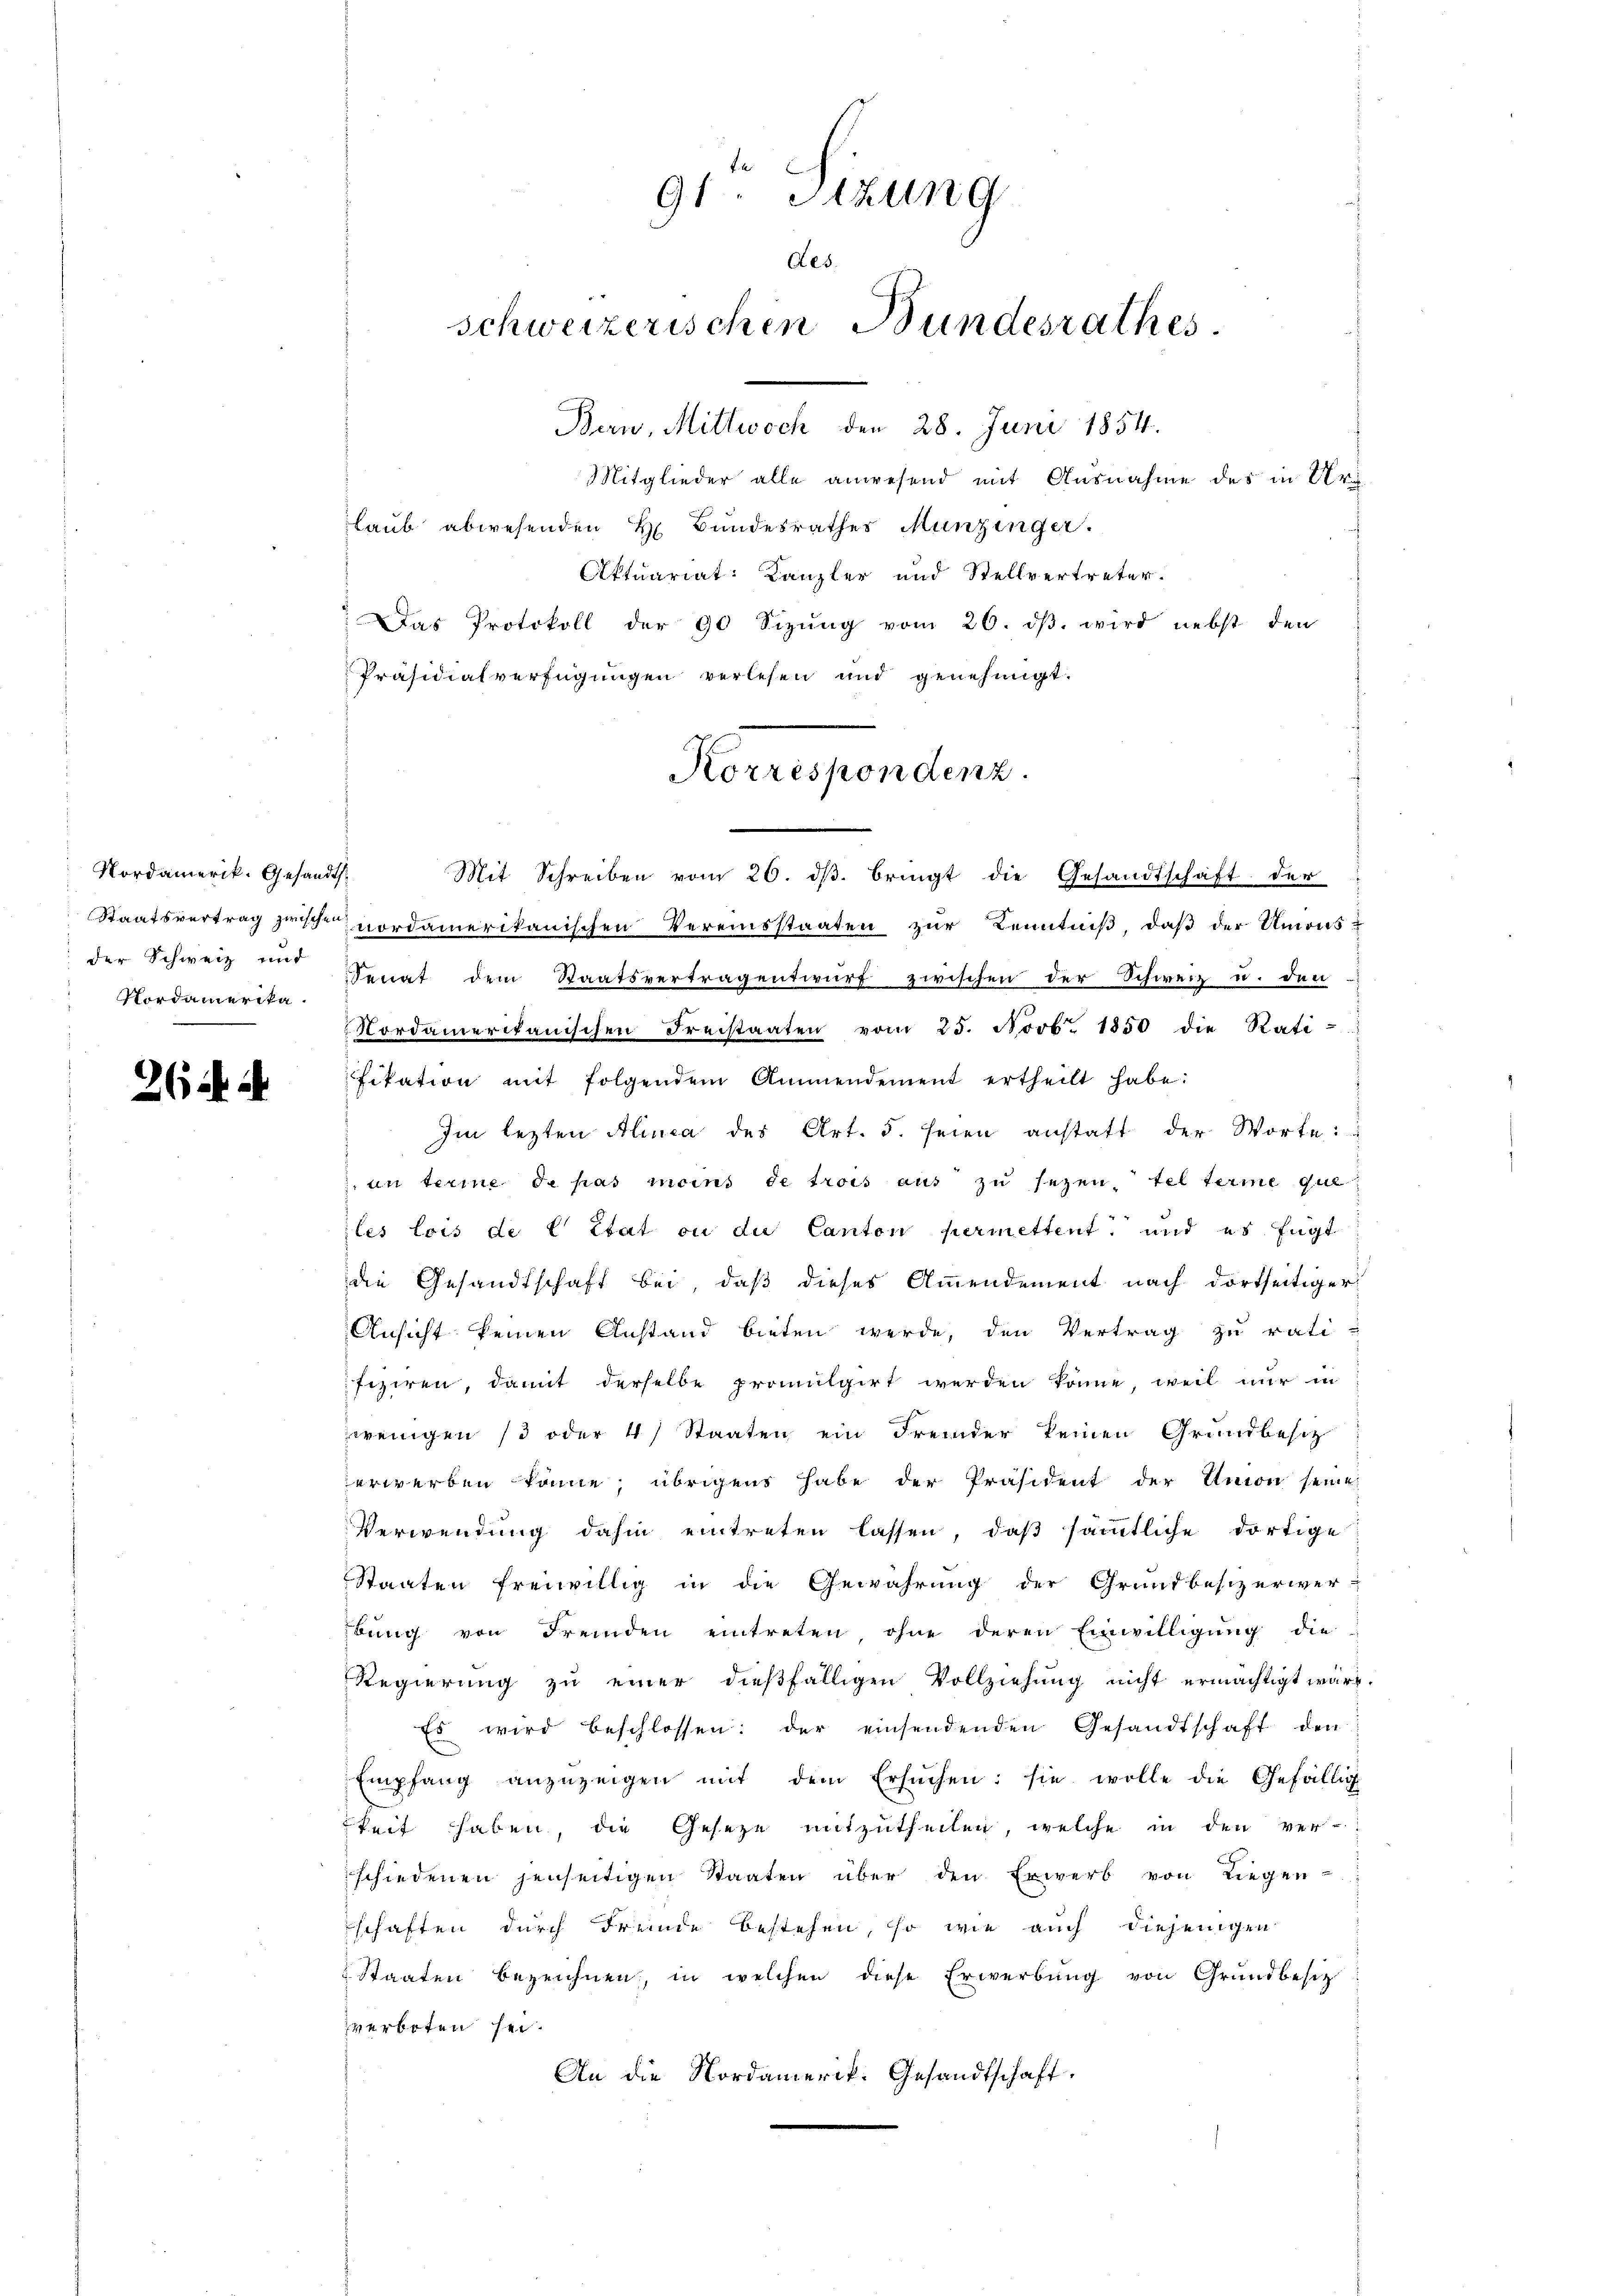
Nordamerik. Gesandt.
Nordamerika.

26 f. 2

91. Sizung
des.
schweizerischen Bundesrathes

Bern, Mittwoch den 28. Juni 1854.
Mitglieder alle anwesend mit Ausnahme des in Urlaub abwesenden H. Bundesrathes Munzinger.
Aktuariat Kanzler und Stellvertreter.
Das Protokoll der 90 Sizŭng vom 26. dβ wird nebst den
Präsidialverfügungen verlesen und genehmigt.
Mit Schreiben vom 20. dβ. bringt die Gesandtschaft der
Staatsvertrag zwische nordamerikanischen Vereinsstaaten zŭr Kenntniβ, daβ der Unionsder Schweiz und Senat dem Staatsvertragentwŭrf zwischen der Schweiz u. den
Nordamerikanischen Freistaaten vom 25. Novb. 1850 die Rati-
fikation mit folgendem Ammendement ertheilt habe:
Im lezten Alinea des Art. 5. seien anstatt der Worte:
an terie de pas moins de trois aus zu sezen, tel terme que
les lois de l Etat ou die Canton permettent und es fügt
die Gesandtschaft bei, daß dieses Ammendement nach dortseitiger
Ansicht keinen Anstand bieten werde, den Vertrag zu rati-
fiziren, damit derselbe promulgirt werden könne, weil nur in
wenigen 13 oder 4) Staaten ein Fremder keinen Grundbesitz
erwerben könne, übrigens habe der Präsident der Union seine
Verwendung dahin eintreten lassen, daß sämtliche dortige
Staaten freiwillig in die Gewährung der Grundbesizerwer-
bung von Fremden eintreten, ohne deren Einwilligung die
Regierung zu einer dießfälligen Vollziehung nicht ermächtigt wäre.
Es wird beschlossen: der einsendenden Gesandtschaft den
Empfang anzuzeigen mit dem Ersuchen: sie wolle die Gefällig
keit haben, die Gesetze mitzutheilen, welche in den ver-
schiedenen jenseitigen Staaten über den Erwerb von Liegen-
schaften durch Fremde bestehen, so wie auch diejenigen
 Staaten bezeichnen, in welchen diese Erwerbŭng von Grundbesitz
verboten sei.
An die Nordamerik. Gesandtschaft.

Korrespondenz.